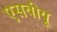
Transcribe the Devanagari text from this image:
एसबीयू